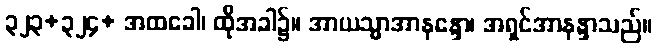
၃၂၃+၃၂၄+ အထခေါ၊ ထိုအခါ၌။ အာယသ္မာအာနန္ဒော၊ အရှင်အာနန္ဒာသည်။